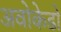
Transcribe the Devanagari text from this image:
अवोकेडो